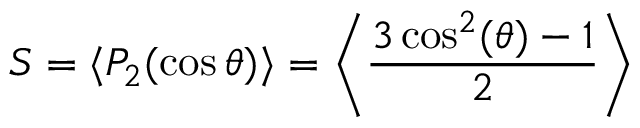
S = \langle P _ { 2 } ( \cos \theta ) \rangle = \left\langle { \frac { 3 \cos ^ { 2 } ( \theta ) - 1 } { 2 } } \right\rangle